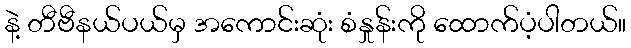
နဲ့ တီဗီနယ်ပယ်မှ အကောင်းဆုံး စံနှုန်းကို ထောက်ပံ့ပါတယ်။